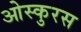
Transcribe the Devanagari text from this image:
ओस्कुरस